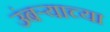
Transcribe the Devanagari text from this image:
उंबर्‍याच्या